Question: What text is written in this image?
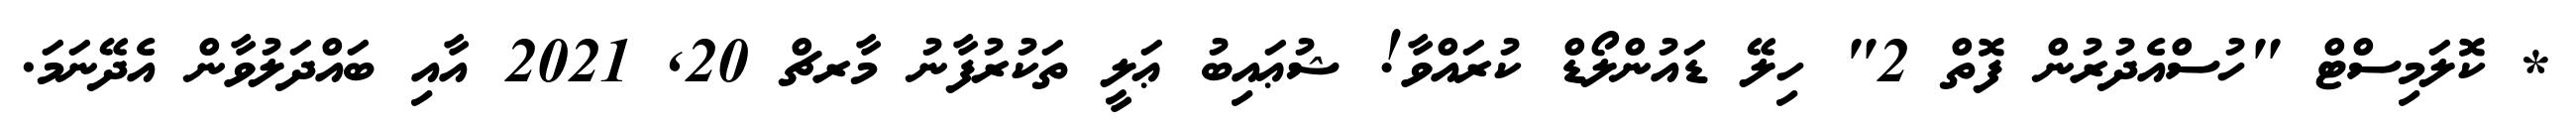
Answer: * ކޮލަމިސްޓް "ހުސްއެދުރުން ފޮތް 2" ހިލޭ ޑައުންލޯޑް ކުރައްވާ! ޝުޢައިބު ޢަލީ ތަކުރުފާނު މާރޗް 20, 2021 އާއި ބައްދަލުވާން އެދޭނަމަ.